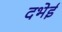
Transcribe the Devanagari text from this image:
दभेई